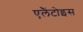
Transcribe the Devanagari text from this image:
एलैंटोइस